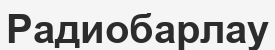
Радиобарлау